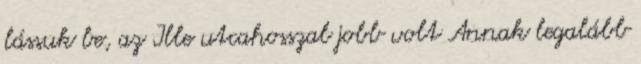
lássuk be, az Ille utcahosszal jobb volt Annak legalább